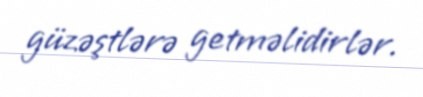
güzəştlərə getməlidirlər.